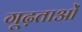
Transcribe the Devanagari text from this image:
गूढ़ताओं